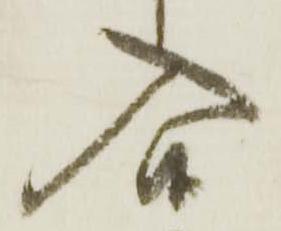
入